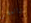
والمطر